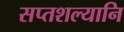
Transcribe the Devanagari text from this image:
सप्तशल्यानि